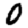
Digit: 0